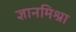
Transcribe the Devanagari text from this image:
ज्ञानमिश्रा